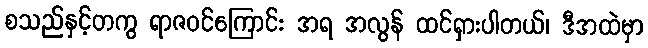
စသည်နှင့်တကွ ရာဇဝင်ကြောင်း အရ အလွန် ထင်ရှားပါတယ်၊ ဒီအထဲမှာ